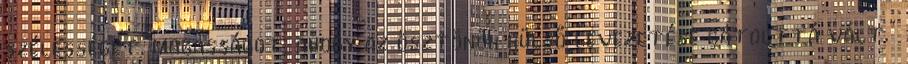
szélességet, magasságot, ahogy az ösztönök külső levezetése gátolttá vált.”